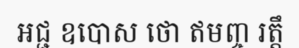
អជ្ជ ឧបោស ថោ ឥមញ្ច រត្តឹ